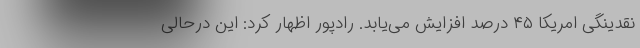
نقدینگی امریکا ۴۵ درصد افزایش می‌یابد. رادپور اظهار کرد: این درحالی